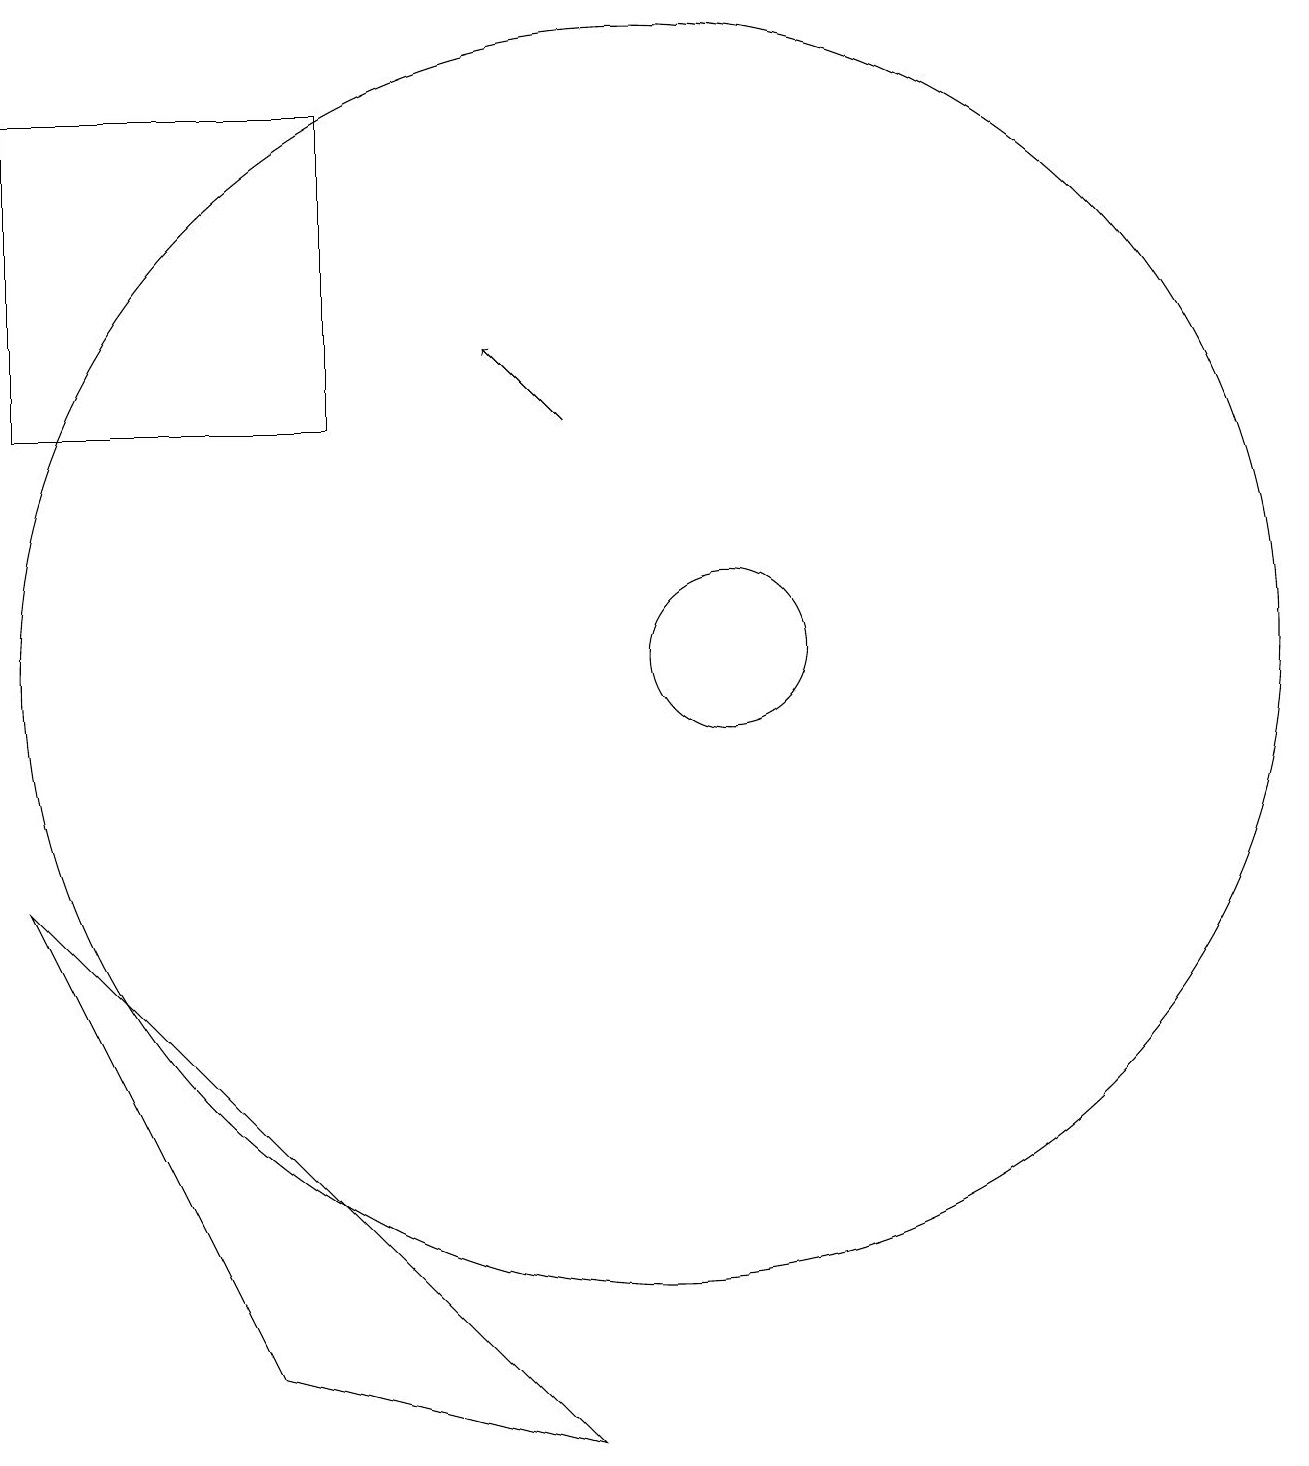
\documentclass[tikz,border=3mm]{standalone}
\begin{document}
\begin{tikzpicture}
\draw (11,11) circle (1);
\draw (10,11) circle (8);
\draw[->] (9,14) -- (8,15);
\draw (2,14) rectangle (6,18);
\draw (5,2) -- (2,8) -- (9,1) -- cycle;
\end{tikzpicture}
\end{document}